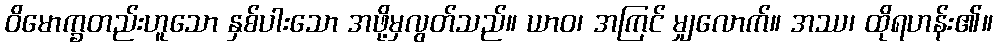
ဝိမောက္ခတည်းဟူသော နှစ်ပါးသော အဖို့မှလွတ်သည်။ ယာဝ၊ အကြင် မျှလောက်။ အဿ၊ ထိုရဟန်း၏။